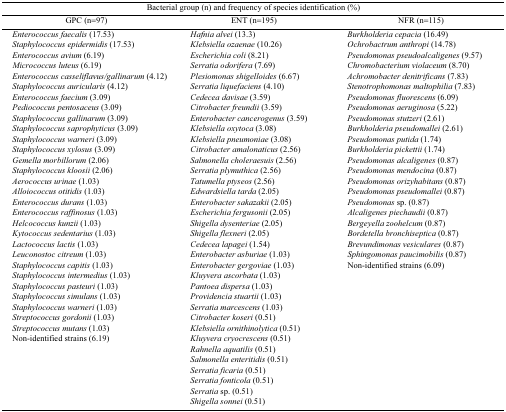
<table><thead><tr><td colspan="3"><b>Bacterial group (n) and frequency of species identification (%)</b></td></tr><tr><td><b>GPC (n=97)</b></td><td><b>ENT (n=195)</b></td><td><b>NFR (n=115)</b></td></tr></thead><tbody><tr><td><i>Enterococcus faecalis</i> (17.53)</td><td><i>Hafnia alvei</i> (13.3)</td><td><i>Burkholderia cepacia</i> (16.49)</td></tr><tr><td><i>Staphylococcus epidermidis</i> (17.53)</td><td><i>Klebsiella ozaenae</i> (10.26)</td><td><i>Ochrobactrum anthropi</i> (14.78)</td></tr><tr><td><i>Enterococcus avium</i> (6.19)</td><td><i>Escherichia coli</i> (8.21)</td><td><i>Pseudomonas pseudoalcaligenes</i> (9.57)</td></tr><tr><td><i>Micrococcus luteus</i> (6.19)</td><td><i>Serratia odorifera</i> (7.69)</td><td><i>Chromobacterium violaceum</i> (8.70)</td></tr><tr><td><i>Enterococcus casseliflavus/gallinarum</i> (4.12)</td><td><i>Plesiomonas shigelloides</i> (6.67)</td><td><i>Achromobacter denitrificans</i> (7.83)</td></tr><tr><td><i>Staphylococcus auricularis</i> (4.12)</td><td><i>Serratia liquefaciens</i> (4.10)</td><td><i>Stenotrophomonas maltophilia</i> (7.83)</td></tr><tr><td><i>Enterococcus faecium</i> (3.09)</td><td><i>Cedecea davisae</i> (3.59)</td><td><i>Pseudomonas fluorescens</i> (6.09)</td></tr><tr><td><i>Pediococcus pentosaceus</i> (3.09)</td><td><i>Citrobacter freundii</i> (3.59)</td><td><i>Pseudomonas aeruginosa</i> (5.22)</td></tr><tr><td><i>Staphylococcus gallinarum</i> (3.09)</td><td><i>Enterobacter cancerogenus</i> (3.59)</td><td><i>Pseudomonas stutzeri</i> (2.61)</td></tr><tr><td><i>Staphylococcus saprophyticus</i> (3.09)</td><td><i>Klebsiella oxytoca</i> (3.08)</td><td><i>Burkholderia pseudomallei</i> (2.61)</td></tr><tr><td><i>Staphylococcus warneri</i> (3.09)</td><td><i>Klebsiella pneumoniae</i> (3.08)</td><td><i>Pseudomonas putida</i> (1.74)</td></tr><tr><td><i>Staphylococcus xylosus</i> (3.09)</td><td><i>Citrobacter amalonaticus</i> (2.56)</td><td><i>Burkholderia pickettii</i> (1.74)</td></tr><tr><td><i>Gemella morbillorum</i> (2.06)</td><td><i>Salmonella choleraesuis</i> (2.56)</td><td><i>Pseudomonas alcaligenes</i> (0.87)</td></tr><tr><td><i>Staphylococcus kloosii</i> (2.06)</td><td><i>Serratia plymuthica</i> (2.56)</td><td><i>Pseudomonas mendocina</i> (0.87)</td></tr><tr><td><i>Aerococcus urinae</i> (1.03)</td><td><i>Tatumella ptyseos</i> (2.56)</td><td><i>Pseudomonas orizyhabitans</i> (0.87)</td></tr><tr><td><i>Alloiococcus otitidis</i> (1.03)</td><td><i>Edwardsiella tarda</i> (2.05)</td><td><i>Pseudomonas pseudomallei</i> (0.87)</td></tr><tr><td><i>Enterococcus durans</i> (1.03)</td><td><i>Enterobacter sakazakii</i> (2.05)</td><td><i>Pseudomonas</i> sp. (0.87)</td></tr><tr><td><i>Enterococcus raffinosus</i> (1.03)</td><td><i>Escherichia fergusonii</i> (2.05)</td><td><i>Alcaligenes piechaudii</i> (0.87)</td></tr><tr><td><i>Helcococcus kunzii</i> (1.03)</td><td><i>Shigella dysenteriae</i> (2.05)</td><td><i>Bergeyella zoohelcum</i> (0.87)</td></tr><tr><td><i>Kytococcus sedentarius</i> (1.03)</td><td><i>Shigella flexneri</i> (2.05)</td><td><i>Bordetella bronchiseptica</i> (0.87)</td></tr><tr><td><i>Lactococcus lactis</i> (1.03)</td><td><i>Cedecea lapagei</i> (1.54)</td><td><i>Brevundimonas vesiculares</i> (0.87)</td></tr><tr><td><i>Leuconostoc citreum</i> (1.03)</td><td><i>Enterobacter asburiae</i> (1.03)</td><td><i>Sphingomonas paucimobilis</i> (0.87)</td></tr><tr><td><i>Staphylococcus capitis</i> (1.03)</td><td><i>Enterobacter gergoviae</i> (1.03)</td><td>Non-identified strains (6.09)</td></tr><tr><td><i>Staphylococcus intermedius</i> (1.03)</td><td><i>Kluyvera ascorbata</i> (1.03)</td><td></td></tr><tr><td><i>Staphylococcus pasteuri</i> (1.03)</td><td><i>Pantoea dispersa</i> (1.03)</td><td></td></tr><tr><td><i>Staphylococcus simulans</i> (1.03)</td><td><i>Providencia stuartii</i> (1.03)</td><td></td></tr><tr><td><i>Staphylococcus warneri</i> (1.03)</td><td><i>Serratia marcescens</i> (1.03)</td><td></td></tr><tr><td><i>Streptococcus gordonii</i> (1.03)</td><td><i>Citrobacter koseri</i> (0.51)</td><td></td></tr><tr><td><i>Streptococcus mutans</i> (1.03)</td><td><i>Klebsiella ornithinolytica</i> (0.51)</td><td></td></tr><tr><td>Non-identified strains (6.19)</td><td><i>Kluyvera cryocrescens</i> (0.51)</td><td></td></tr><tr><td></td><td><i>Rahnella aquatilis</i> (0.51)</td><td></td></tr><tr><td></td><td><i>Salmonella enteritidis</i> (0.51)</td><td></td></tr><tr><td></td><td><i>Serratia ficaria</i> (0.51)</td><td></td></tr><tr><td></td><td><i>Serratia fonticola</i> (0.51)</td><td></td></tr><tr><td></td><td><i>Serratia</i> sp. (0.51)</td><td></td></tr><tr><td></td><td><i>Shigella sonnei</i> (0.51)</td><td></td></tr></tbody></table>